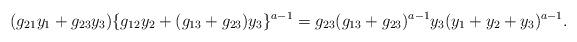
LaTeX: \begin{align*} (g_{21}y_1+g_{23}y_3)\{g_{12}y_2+(g_{13}+g_{23})y_3\}^{a-1}=g_{23}(g_{13}+g_{23})^{a-1}y_3(y_1+y_2+y_3)^{a-1}. \end{align*}